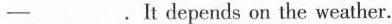
—___. It depends on the weather.